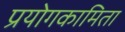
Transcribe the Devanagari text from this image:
प्रयोगकामिता